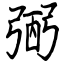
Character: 弻